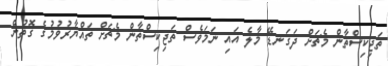
ތަޖިކިސްތާން މެޗަށް ދަގަނޑޭ މާލެ އައި ނަމަވެސް ތަޖިކިސްތާން މެޗަށް ތައްޔާރުވުމުގެ ގޮތުން